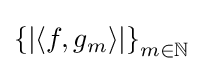
\left\{\left|\left\langle f,g_{m}\right\rangle \right|\right\}_{m\in \mathbb {N} }